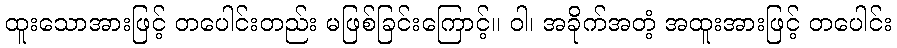
ထူးသောအားဖြင့် တပေါင်းတည်း မဖြစ်ခြင်းကြောင့်။ ဝါ၊ အခိုက်အတံ့ အထူးအားဖြင့် တပေါင်း